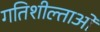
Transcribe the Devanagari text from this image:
गतिशील्ताओं